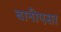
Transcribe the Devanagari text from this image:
बानीएसा